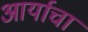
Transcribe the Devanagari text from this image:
आर्याचा